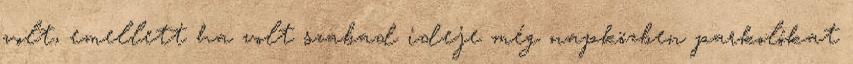
volt, emellett ha volt szabad ideje még napközben parkolókat